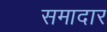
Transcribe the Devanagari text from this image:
समादार